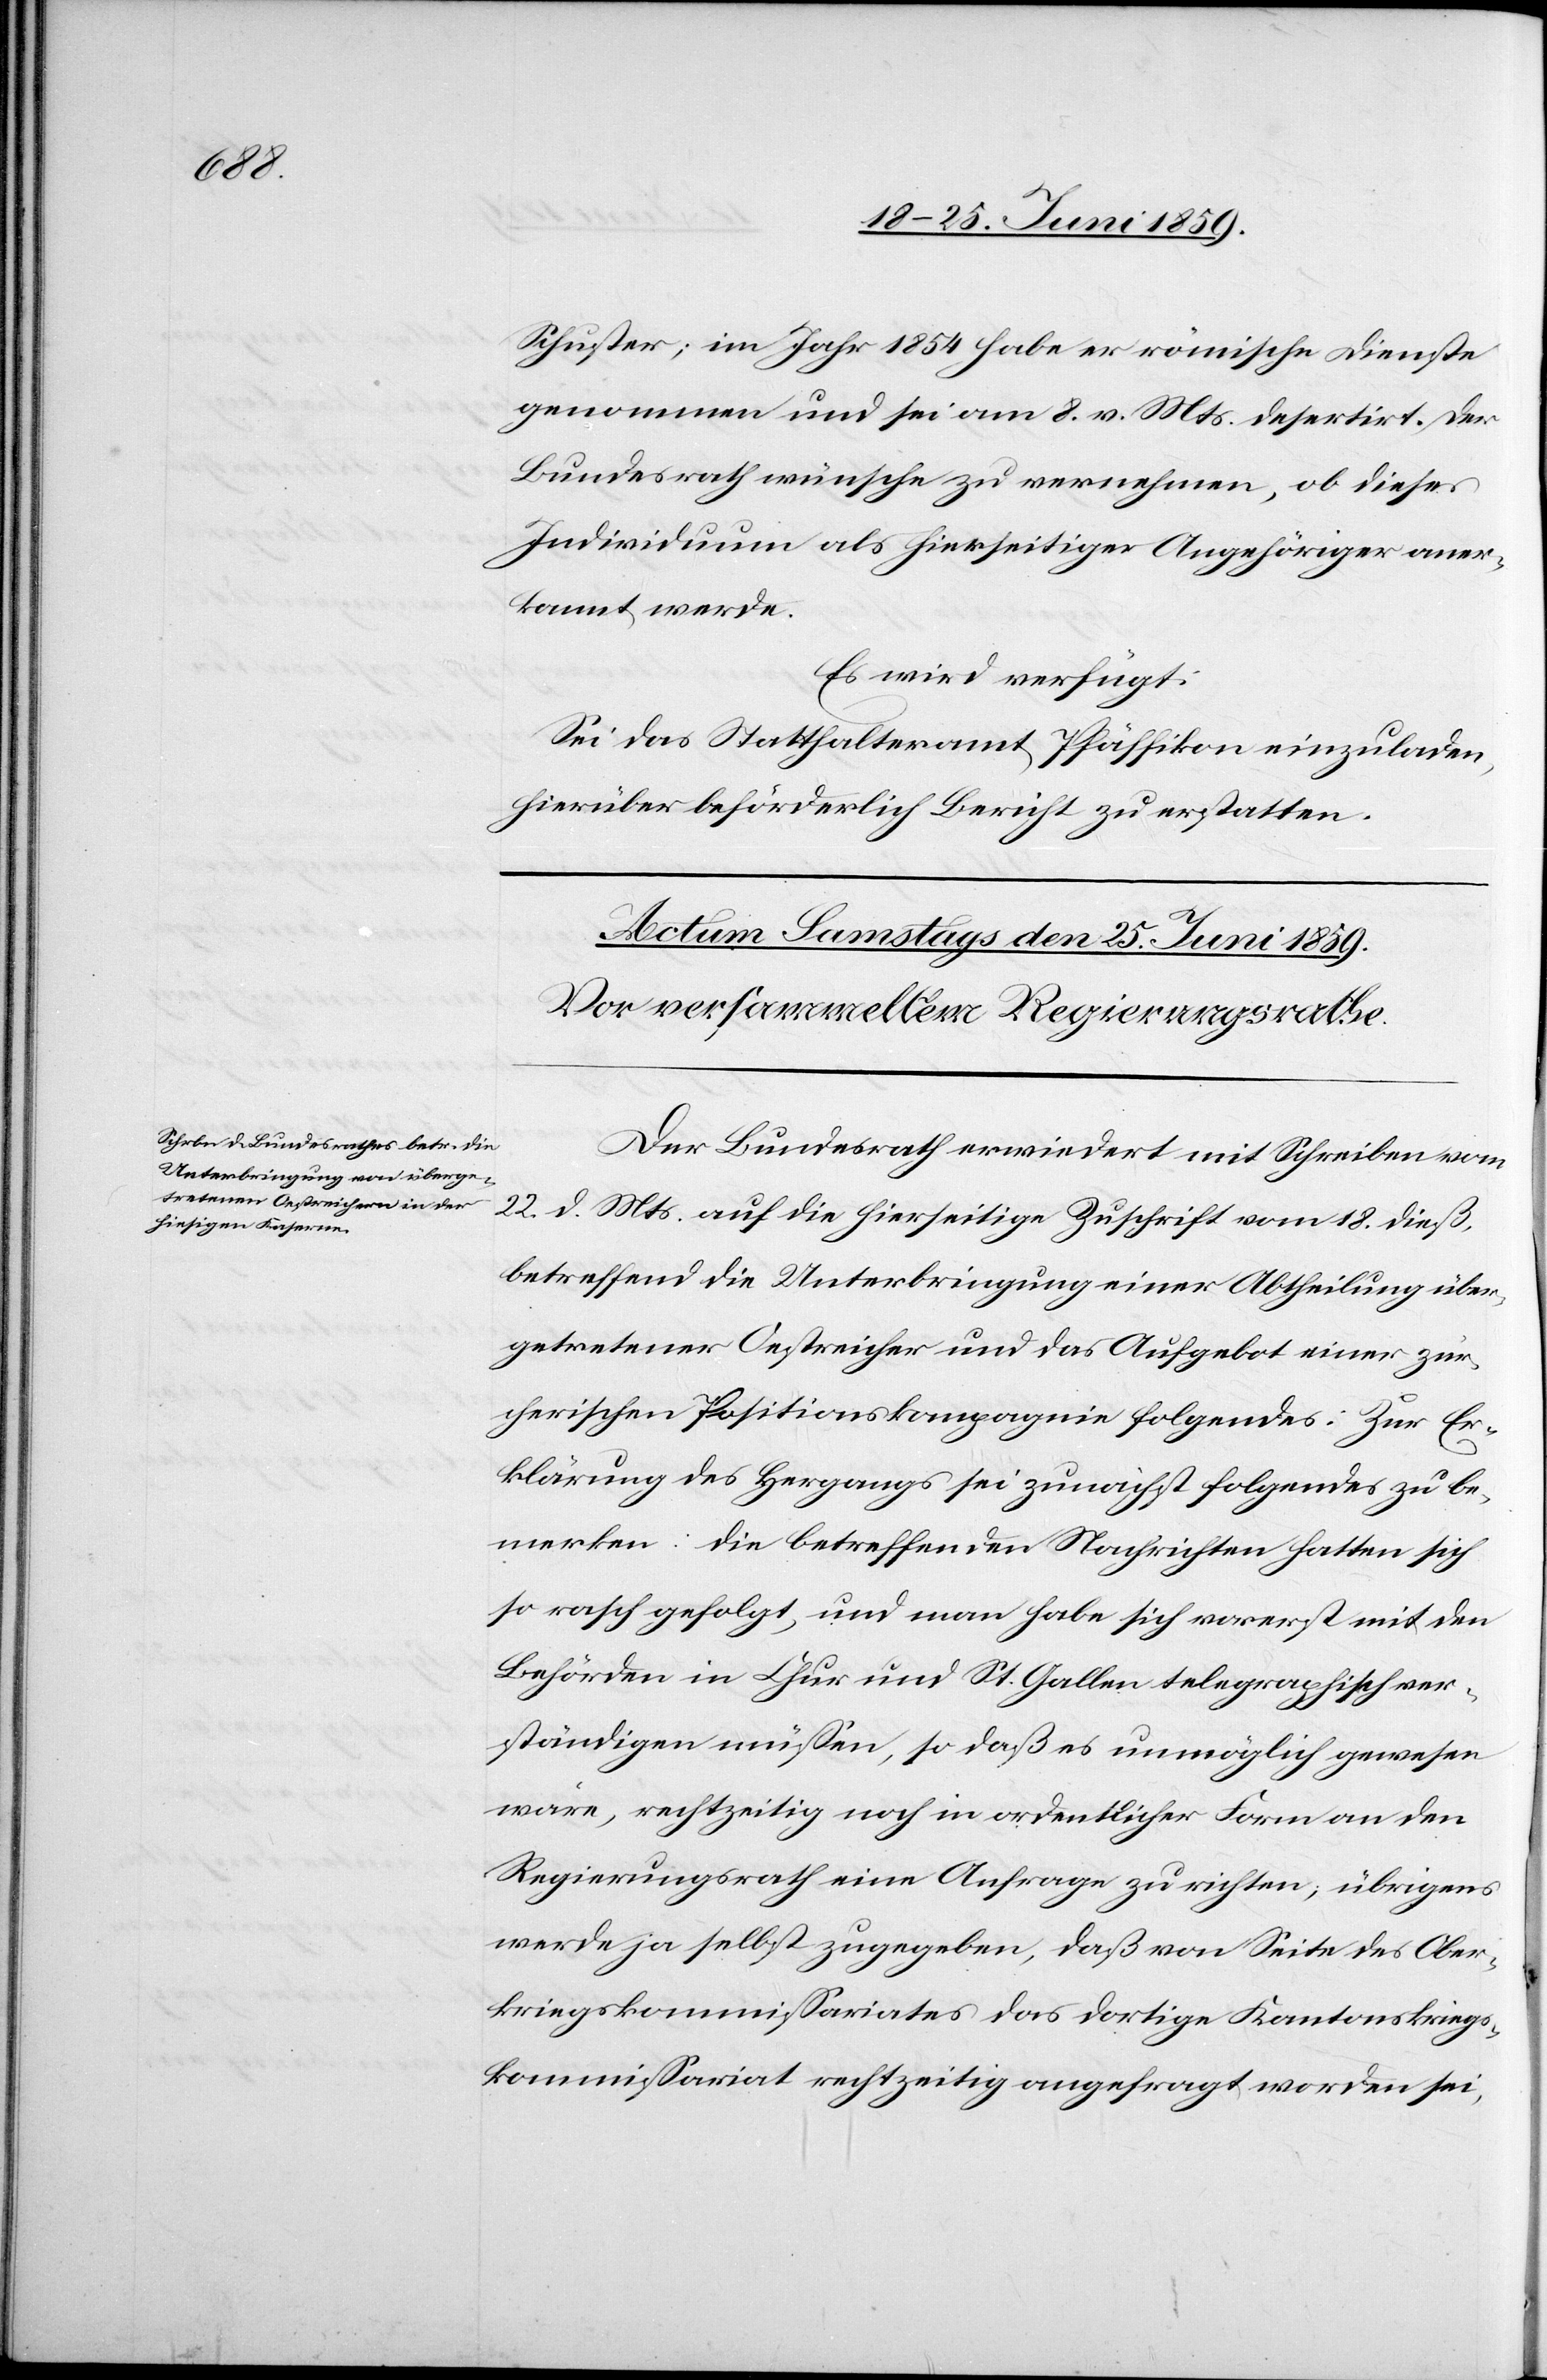
Schuster; im Jahr 1854 habe er römische Dienste
genommen und sei am 8. v. Mts. desertirt. Der
Bundesrath wünsche zu vernehmen, ob dieses
Individuum als hierseitiger Angehöriger aner¬
kannt werde.
Es wird verfügt:
Sei das Statthalteramt Pfäffikon einzuladen,
hierüber beförderlich Bericht zu erstatten.
Der Bundesrath erwiedert mit Schreiben vom
22. d. Mts. auf die hierseitige Zuschrift vom 18. dieß,
betreffend die Unterbringung einer Abtheilung über¬
getretener Oestreicher und das Aufgebot einer zür¬
cherischen Positionskompagnie folgendes: Zur Er¬
klärung des Hergangs sei zunächst folgendes zu be¬
merken: die betreffenden Nachrichten hatten sich
so rasch gefolgt, und man habe sich vorerst mit den
Behörden in Chur und St. Gallen telegraphisch ver¬
ständigen müssen, so daß es unmöglich gewesen
wäre, rechtzeitig noch in ordentlicher Form an den
Regierungsrath eine Anfrage zu richten; übrigens
werde ja selbst zugegeben, daß von Seite des Ober¬
kriegskommissariates das dortige Kantonskriegs¬
kommissariat rechtzeitig angefragt worden sei,